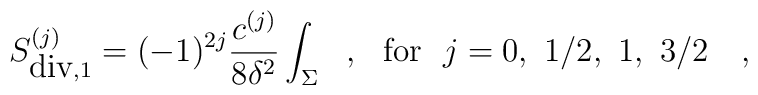
S^{(j)}_{\mbox{div},1}=(-1)^{2j}{c^{(j)} \over 8\delta^2}\int_\Sigma~~,~~\mbox{for}~~j=0,~1/2,~1,~3/2~~~,